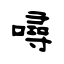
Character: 噚